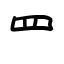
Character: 罒